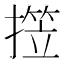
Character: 𱠭